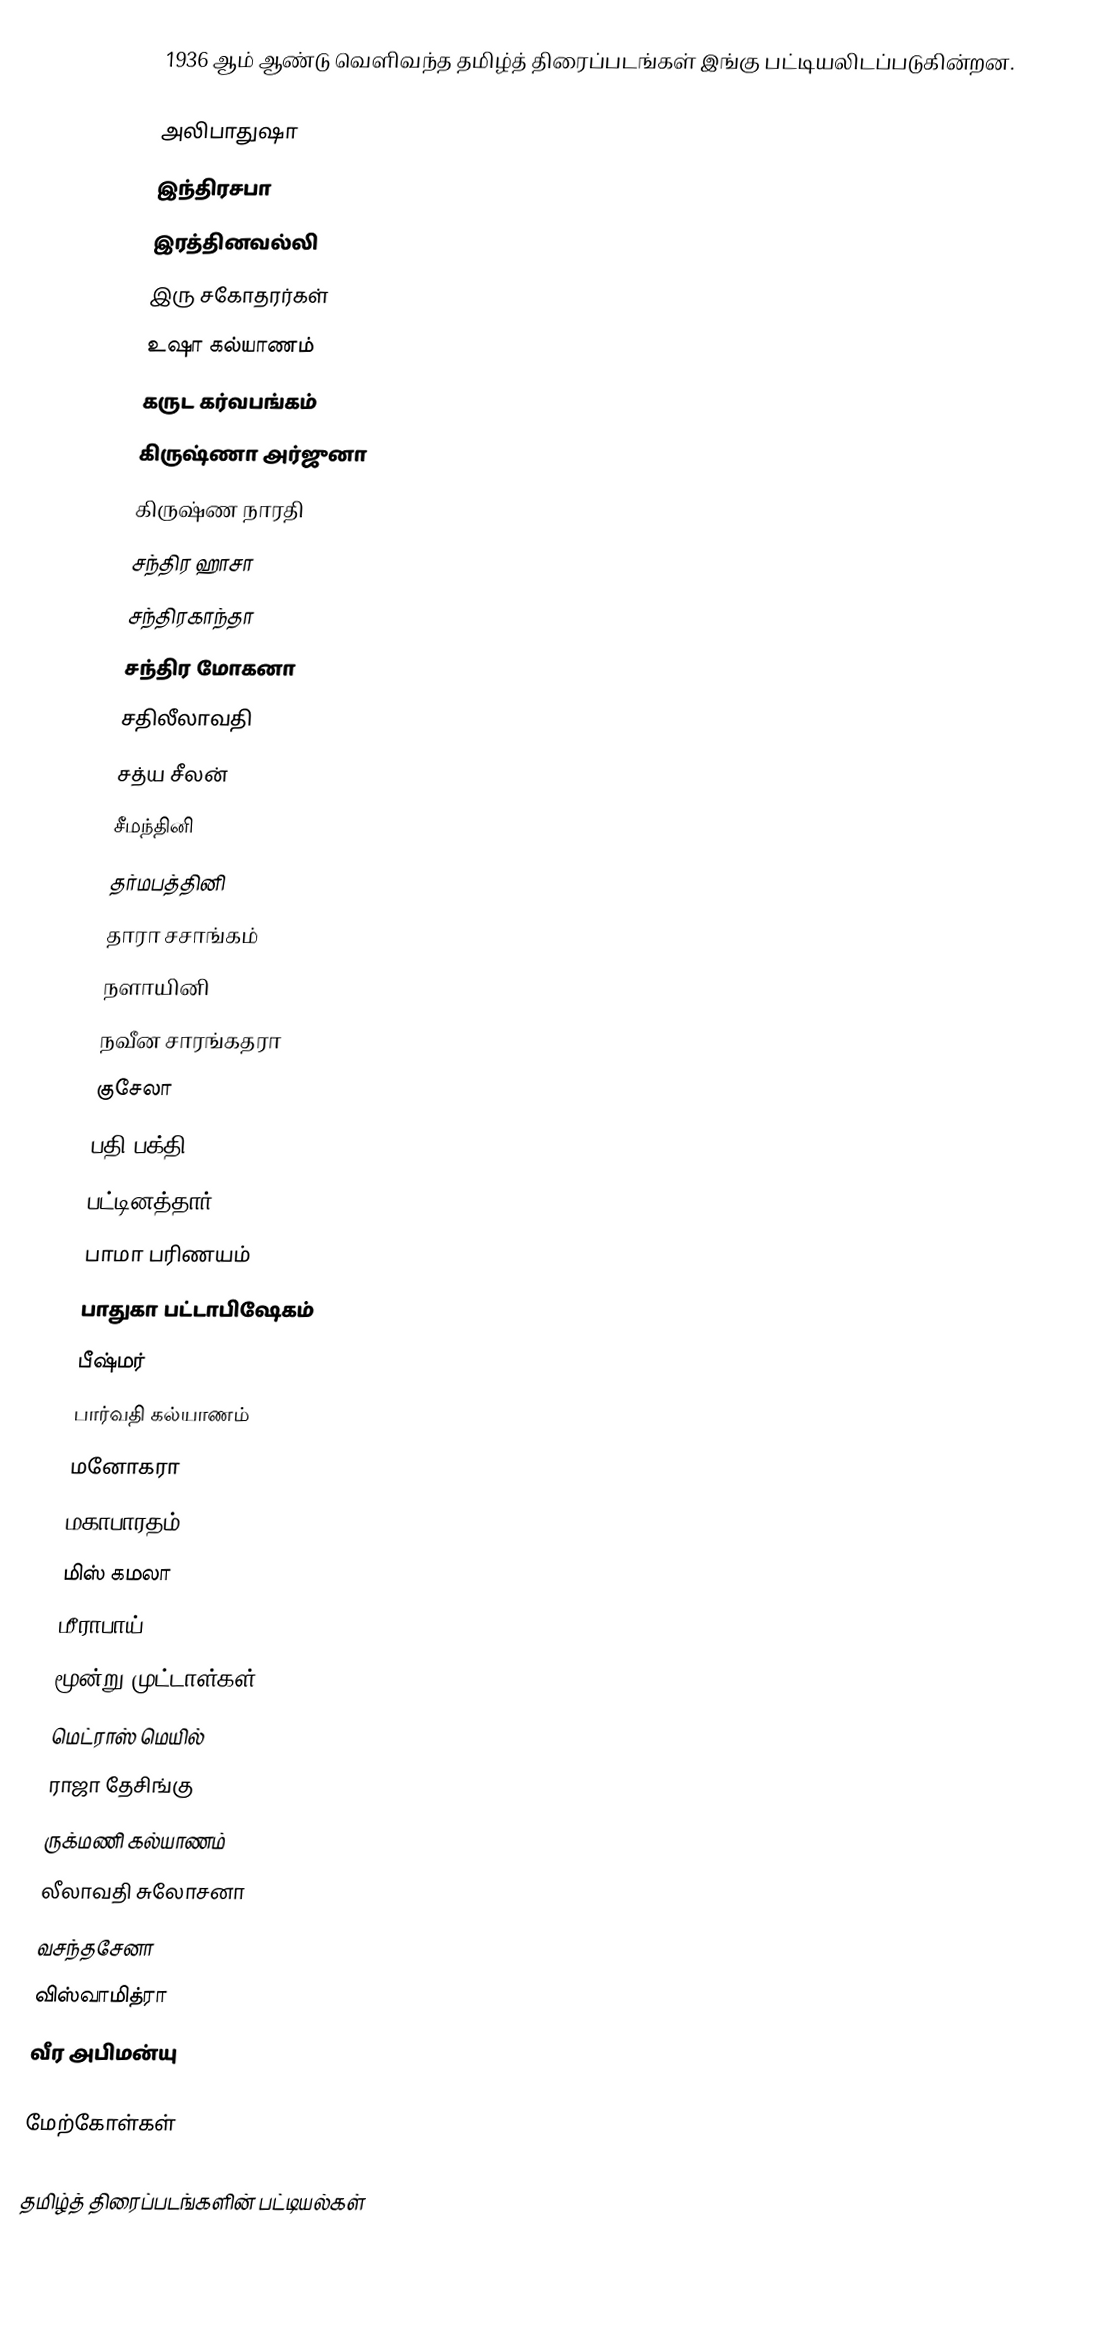
1936 ஆம் ஆண்டு வெளிவந்த தமிழ்த் திரைப்படங்கள் இங்கு பட்டியலிடப்படுகின்றன.

 அலிபாதுஷா
 இந்திரசபா
 இரத்தினவல்லி
 இரு சகோதரர்கள்
 உஷா கல்யாணம்
 கருட கர்வபங்கம்
 கிருஷ்ணா அர்ஜுனா
 கிருஷ்ண நாரதி
 சந்திர ஹாசா
 சந்திரகாந்தா
 சந்திர மோகனா
 சதிலீலாவதி
 சத்ய சீலன்
 சீமந்தினி
 தர்மபத்தினி
 தாரா சசாங்கம்
 நளாயினி
 நவீன சாரங்கதரா
 குசேலா
 பதி பக்தி
 பட்டினத்தார்
 பாமா பரிணயம்
 பாதுகா பட்டாபிஷேகம்
 பீஷ்மர்
 பார்வதி கல்யாணம்
 மனோகரா
 மகாபாரதம்
 மிஸ் கமலா
 மீராபாய்
 மூன்று முட்டாள்கள்
 மெட்ராஸ் மெயில்
 ராஜா தேசிங்கு
 ருக்மணி கல்யாணம்
 லீலாவதி சுலோசனா
 வசந்தசேனா
 விஸ்வாமித்ரா
 வீர அபிமன்யு

மேற்கோள்கள்

தமிழ்த் திரைப்படங்களின் பட்டியல்கள்